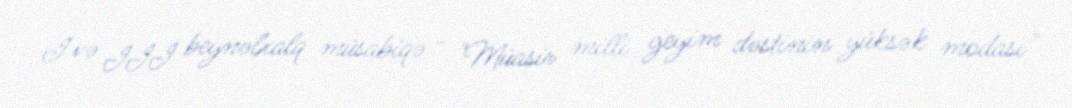
I və III beynəlxalq müsabiqə - "Müasir milli geyim dəstinin yüksək modası"